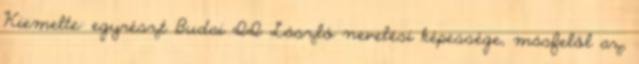
Kiemelte: egyrészt Budai II László nevelési képessége, másfelől az,